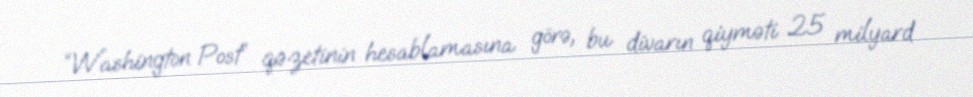
“Washington Post” qəzetinin hesablamasına görə, bu divarın qiyməti 25 milyard